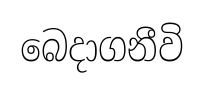
බෙදාගනීවි